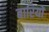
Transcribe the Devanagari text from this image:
बारियों